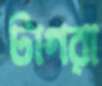
টাগরা